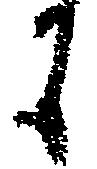
も